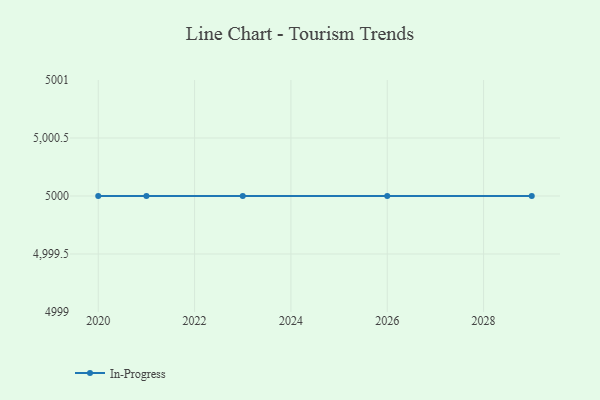
{"axis": {"x": "Year", "y": "Revenue (USD Million)"}, "legend": ["In-Progress"], "data": [{"x": "2020", "y": 5000, "type": "In-Progress"}, {"x": "2021", "y": 5000, "type": "In-Progress"}, {"x": "2023", "y": 5000, "type": "In-Progress"}, {"x": "2029", "y": 5000, "type": "In-Progress"}, {"x": "2026", "y": 5000, "type": "In-Progress"}]}